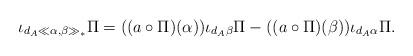
LaTeX: \begin{align*} \iota_{d_A\ll \alpha,\beta\gg_\ast}\Pi=((a\circ\Pi)(\alpha))\iota_{d_A\beta}\Pi- ((a\circ\Pi)(\beta))\iota_{d_A\alpha}\Pi.\end{align*}